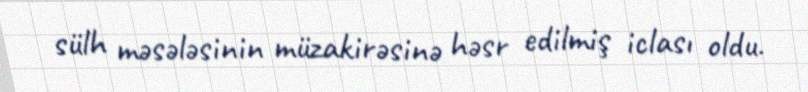
sülh məsələsinin müzakirəsinə həsr edilmiş iclası oldu.